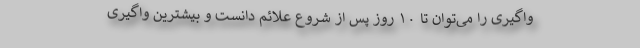
واگیری را می‌توان تا ۱۰ روز پس از شروع علائم دانست و بیشترین واگیری